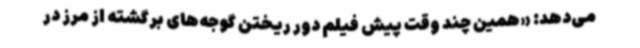
می‌دهد: «همین چند وقت پیش فیلم دور ریختن گوجه‌های برگشته از مرز در